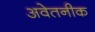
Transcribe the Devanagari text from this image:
अवेतनीक